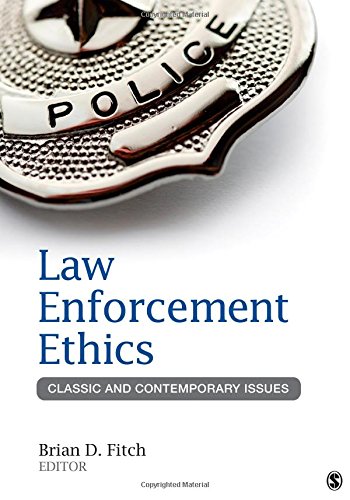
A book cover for Law Enforcement Ethics: Classic and Contemporary Issues; Law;